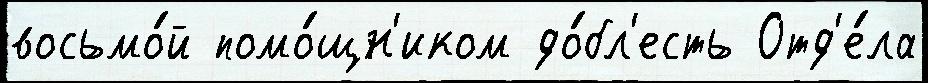
восьмо́й помо́щн'иком до́бл'есть Отд'е́ла